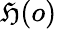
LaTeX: \mathfrak{H}(o)